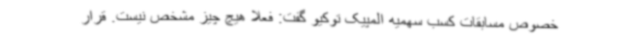
خصوص مسابقات کسب سهمیه المپیک توکیو گفت: فعلا هیچ چیز مشخص نیست. قرار